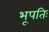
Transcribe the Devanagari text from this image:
भूपतिः